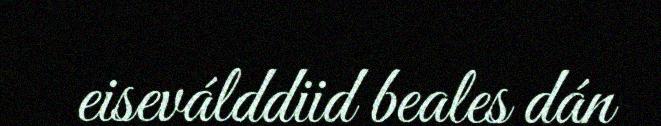
eiseválddiid beales dán